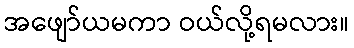
အဖျော်ယမကာ ဝယ်လို့ရမလား။